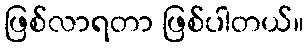
ဖြစ်လာရတာ ဖြစ်ပါတယ်။